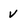
Character: v